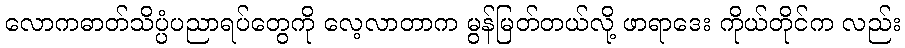
လောကဓာတ်သိပ္ပံပညာရပ်တွေကို လေ့လာတာက မွန်မြတ်တယ်လို့ ဖာရာဒေး ကိုယ်တိုင်က လည်း